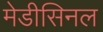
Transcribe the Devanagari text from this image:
मेडीसिनल